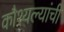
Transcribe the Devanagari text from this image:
कौश्यल्यांची